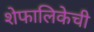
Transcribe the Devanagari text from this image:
शेफालिकेची